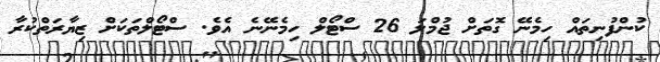
ކުންފުނިތައް ހިމެނޭ ގޮތަށް ޖުމްލަ 26 ސްޓޯލް ހިމެނޭނެ އެވެ. ސްޓޯލްތަކަށް ޒިޔާރަތްކުރާ